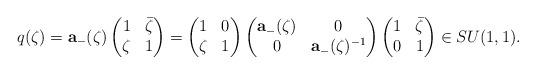
LaTeX: \begin{align*}q(\zeta)=\mathbf a_-(\zeta)\begin{pmatrix}1&\bar{\zeta}\\\zeta&1\end{pmatrix}=\begin{pmatrix}1&0\\\zeta&1\end{pmatrix}\begin{pmatrix}\mathbf a_-(\zeta)&0\\0&\mathbf a_-(\zeta)^{-1}\end{pmatrix}\begin{pmatrix}1&\bar{\zeta}\\0&1\end{pmatrix} \in SU(1,1).\end{align*}